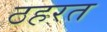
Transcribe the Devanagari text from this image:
ठहरत